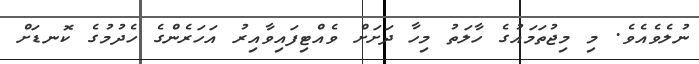
ނުލެވެއެވެ. މި މިޖުތަމައުގެ ހާލަތު މިހާ ދަށަށް ވެއްޓިފައިވާއިރު އަހަރެންގެ ހެދުމުގެ ކޮނޑަށް